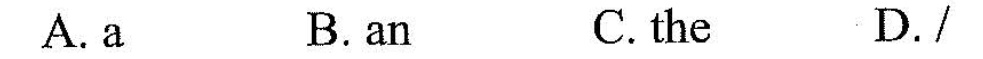
A.a B.an C.the D./